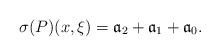
LaTeX: \begin{align*}\sigma (P)(x,\xi )=\mathfrak a_{2}+\mathfrak a_{1}+\mathfrak a_{0}.\end{align*}